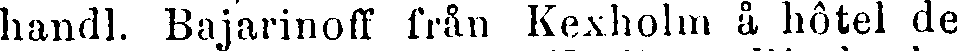
handl. Bajarinoff från Kexholm å hôtel de